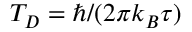
T _ { D } = \hbar / ( 2 \pi k _ { B } \tau )